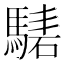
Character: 騞